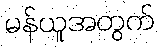
မန်ယူအတွက်